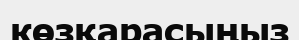
көзқарасыңыз